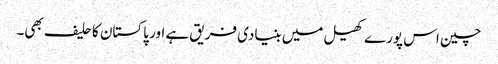
چین اس پورے کھیل میں بنیادی فریق ہے اور پاکستان کا حلیف بھی۔